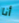
أنا